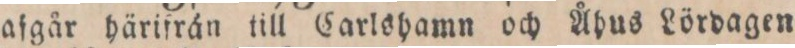
afgår härifrån till Carlshamn och Åhus Lördagen